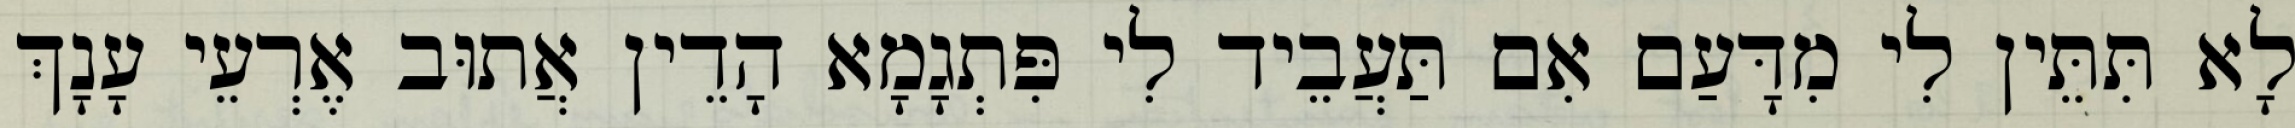
לָא תִּתֵּין לִי מִדָּעַם אִם תַּעֲבֵיד לִי פִּתְגָמָא הָדֵין אֲתוּב אֶרְעֵי עָנָךְ